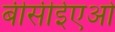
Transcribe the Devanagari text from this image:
बीसीईएओ